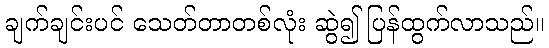
ချက်ချင်းပင် သေတ်တာတစ်လုံး ဆွဲ၍ ပြန်ထွက်လာသည်။